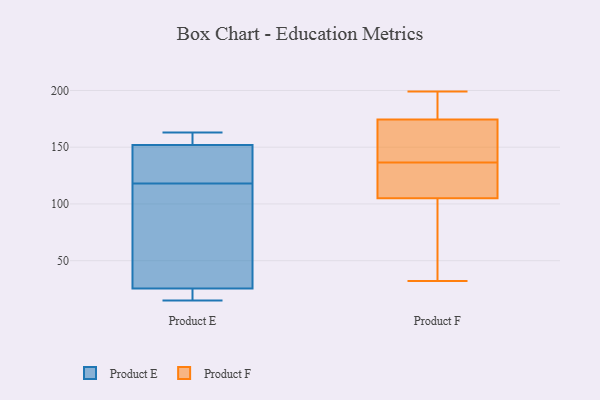
{"axis": {"x": "Customer Acquisition Cost (USD)", "y": "Value"}, "legend": ["Product E", "Product F"], "data": [{"x": "", "y": 163, "type": "Product E"}, {"x": "", "y": 15, "type": "Product E"}, {"x": "", "y": 28, "type": "Product E"}, {"x": "", "y": 56, "type": "Product E"}, {"x": "", "y": 23, "type": "Product E"}, {"x": "", "y": 122, "type": "Product E"}, {"x": "", "y": 21, "type": "Product E"}, {"x": "", "y": 118, "type": "Product E"}, {"x": "", "y": 160, "type": "Product E"}, {"x": "", "y": 147, "type": "Product E"}, {"x": "", "y": 118, "type": "Product E"}, {"x": "", "y": 157, "type": "Product E"}, {"x": "", "y": 118, "type": "Product F"}, {"x": "", "y": 189, "type": "Product F"}, {"x": "", "y": 130, "type": "Product F"}, {"x": "", "y": 160, "type": "Product F"}, {"x": "", "y": 199, "type": "Product F"}, {"x": "", "y": 121, "type": "Product F"}, {"x": "", "y": 192, "type": "Product F"}, {"x": "", "y": 32, "type": "Product F"}, {"x": "", "y": 92, "type": "Product F"}, {"x": "", "y": 152, "type": "Product F"}, {"x": "", "y": 143, "type": "Product F"}, {"x": "", "y": 76, "type": "Product F"}]}